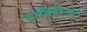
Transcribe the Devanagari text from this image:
द्राविडीअन